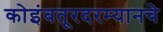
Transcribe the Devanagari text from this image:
कोइंबतूरदरम्यानचे